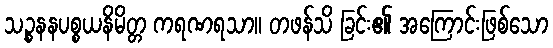
သဉ္စနနပစ္စယနိမိတ္တ ကရဏရသာ။ တဖန်သိ ခြင်း၏ အကြောင်းဖြစ်သော